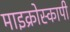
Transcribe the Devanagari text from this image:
माइक्रोस्कापी